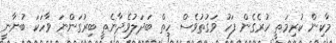
މާކިން ކުރިމަތީ ހުރެގެން ފަހު ވަގުތުވެސް ހިތް ބަދަލުވެދާނެތީ ބިރުގަންނަ ވާހަކަ ބުނާނީ